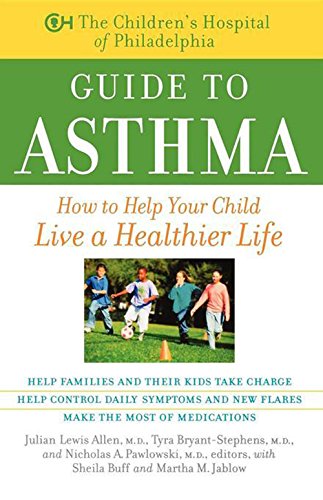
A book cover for The Children's Hospital of Philadelphia Guide to Asthma: How to Help Your Child Live a Healthier Life; Children's Hospital of Philadelphia; Health, Fitness & Dieting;